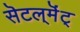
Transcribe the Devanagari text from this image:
सॆटल्‌मॆंट्